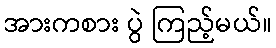
အားကစား ပွဲ ကြည့်မယ်။